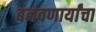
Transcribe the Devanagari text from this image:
बनवणार्यांचा